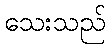
သေးသည်